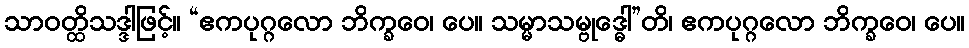
သာဝတ္ထိသဒ္ဒါဖြင့်။ “ဧကပုဂ္ဂလော ဘိက္ခဝေ၊ ပေ။ သမ္မာသမ္ဗုဒ္ဓေါ”တိ၊ ဧကပုဂ္ဂလော ဘိက္ခဝေ၊ ပေ။